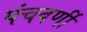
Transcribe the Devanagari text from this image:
पंचवर्णी